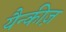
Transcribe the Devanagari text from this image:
यैन्कीज़